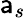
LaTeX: \mathsf{a}_{s}